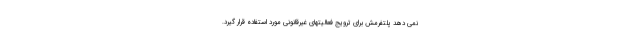
نمی دهد پلتفرمش برای ترویج فعالیتهای غیرقانونی مورد استفاده قرار گیرد.